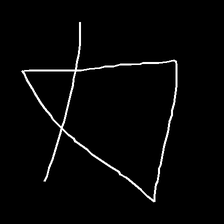
Glyph: empower